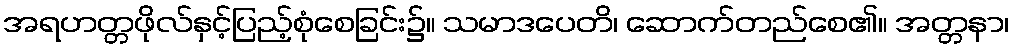
အရဟတ္တဖိုလ်နှင့်ပြည့်စုံစေခြင်း၌။ သမာဒပေတိ၊ ဆောက်တည်စေ၏။ အတ္တနာ၊